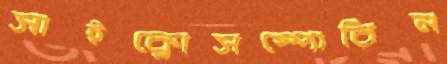
সাইক্লোসম্পোরিন